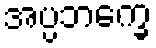
အပ္ပဘက္ခေ